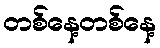
တစ်နေ့တစ်နေ့